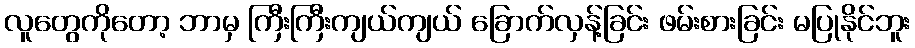
လူတွေကိုတော့ ဘာမှ ကြီးကြီးကျယ်ကျယ် ခြောက်လှန့်ခြင်း ဖမ်းစားခြင်း မပြုနိုင်ဘူး